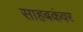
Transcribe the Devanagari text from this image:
साहबकंवर